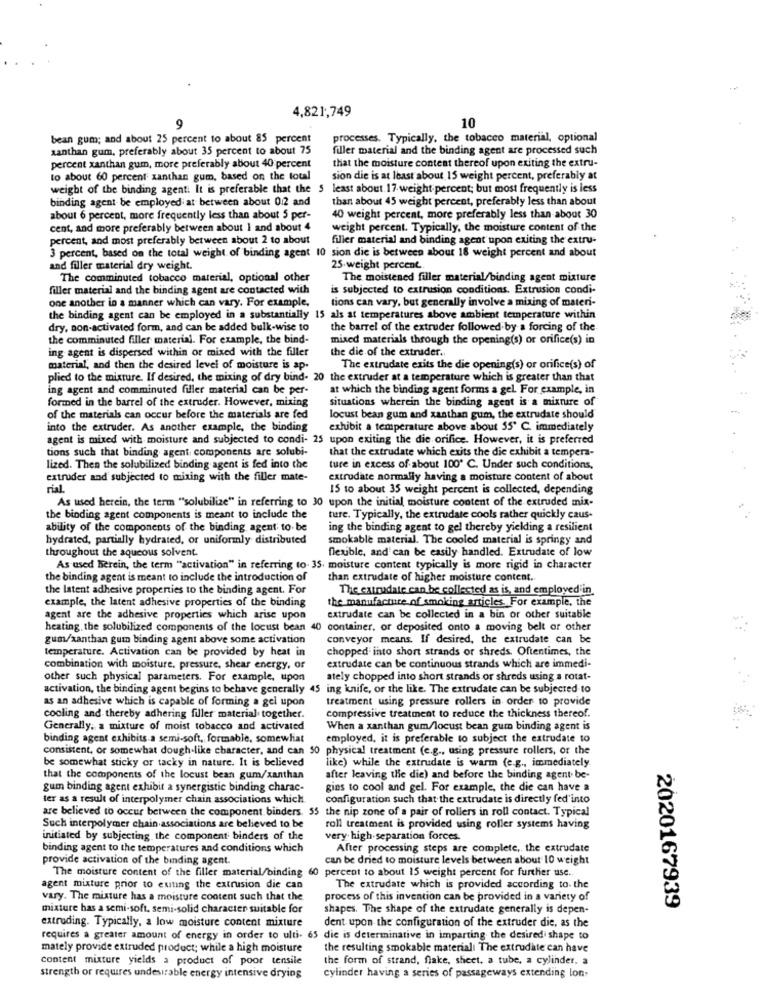
4,821,749
9
10
bean gum; and about 25 percent to about 85 percent
processes. Typically, the tobacco material, optional
xanthan gum, preferably about 35 percent to about 75
filler material and the binding agent are processed such
percent xanthan gum, more preferably about 40 percent
that the moisture content thereof upon exiting the extru-
to about 60 percent xanthan gum, based on the total
sion die is at least about 15 weight percent, preferably at
weight of the binding agent. It is preferable that the 5 least about 17 weight percent; but most frequently is less
binding agent be employed at between about 0.2 and
than about 45 weight percent, preferably less than about
about 6 percent, more frequently less than about 5 per-
40 weight percent, more preferably less than about 30
cent, and more preferably between about 1 and about 4
weight percent. Typically, the moisture content of the
percent, and most preferably between about 2 to about
filler material and binding agent upon exiting the extru-
3 percent, based on the total weight of binding agent 10 sion die is between about 18 weight percent and about
and filler material dry weight.
25 weight percent.
The comminuted tobacco material, optional other
The moistened filler material/binding agent mixture
filler material and the binding agent are contacted with
is subjected to extrusion conditions. Extrusion condi-
tions can vary, but generally involve a mixing of materi-
one another in a manner which can vary. For example,
the binding agent can be employed in a substantially 15 als at temperatures above ambient temperature within
dry, non-activated form, and can be added bulk-wise to
the barrel of the extruder followed by a forcing of the
the comminuted filler material. For example, the bind-
mixed materials through the opening(s) or orifice(s) in
ing agent is dispersed within or mixed with the filler
the die of the extruder.
material, and then the desired level of moisture is ap-
The extrudate exits the die opening(s) or orifice(s) of
plied to the mixture. If desired, the mixing of dry bind- 20 the extruder at a temperature which is greater than that
ing agent and comminuted filler material can be per-
at which the binding agent forms a gel. For example, in
formed in the barrel of the extruder. However, mixing
situations wherein the binding agent is a mixture of
of the materials can occur before the materials are fed
locust bean gum and xanthan gum, the extrudate should
into the extruder. As another example, the binding
exhibit a temperature above about 55º C. immediately
agent is mixed with moisture and subjected to condi- 25 upon exiting the die orifice. However, it is preferred
tions such that binding agent components are solubi-
that the extrudate which exits the die exhibit a tempera-
lized. Then the solubilized binding agent is fed into the
ture in excess of about 100" C. Under such conditions,
extruder and subjected to mining with the filler mate-
extrudate normally having a moisture content of about
rial
15 to about 35 weight percent is collected, depending
As used herein, the term "solubilize" in referring to 30 upon the initial moisture content of the extruded mix-
the binding agent components is meant to include the
ture. Typically, the extrudate cools rather quickly caus-
ability of the components of the binding agent; to. be
ing the binding agent to gel thereby yielding a resilient
hydrated, partially hydrated, or uniformly distributed
smokable material. The cooled material is springy and
throughout the aqueous solvent.
flexible, and can be easily handled. Extrudate of low
As used herein, the term "activation" in referring to- 35. moisture content typically is more rigid in character
the binding agent is meant to include the introduction of
than extrudate of higher moisture content ..
the latent adhesive properties to the binding agent. For
The extrudate can be collected as is, and employed'in
example, the latent adhesive properties of the binding
the manufacture of smoking articles. For example, the
agent are the adhesive properties which arise upon
extrudate can be collected in a bin or other suitable
heating, the solubilized components of the locust bean 40 container, or deposited onto a moving belt or other
gum/xanthan gum binding agent above some activation
conveyor means. If desired, the extrudate can be
temperature. Activation can be provided by heat in
chopped into short strands or shreds. Oftentimes, the
combination with moisture, pressure, shear energy, or
extrudate can be continuous strands which are immedi-
other such physical parameters. For example, upon
ately chopped into short strands or shreds using a rotat-
activation, the binding agent begins to behave generally 45 ing knife, or the like. The extrudate can be subjected to
as an adhesive which is capable of forming a gel upon
treatment using pressure rollers in order to provide
cooling and thereby adhering filler material together.
compressive treatment to reduce the thickness thereof.
Generally, a mixture of moist tobacco and activated
When a xanthan gum/locust bean gum binding agent is
binding agent exhibits a semi-soft, formable, somewhat
employed, it is preferable to subject the extrudate to
consistent, or somewhat dough-like character, and can 50 physical treatment (e.g ., using pressure rollers, or the
be somewhat sticky or tacky in nature. It is believed
like) while the extrudate is warm (e.g ., immediately
that the components of the locust bean gum/xanthan
after leaving the die) and before the binding agent be-
gum binding agent exhibit a synergistic binding charac-
gins to cool and gel. For example, the die can have a
ter as a result of interpolymer chain associations which
configuration such that the extrudate is directly fed'into
are believed to occur between the component binders. 55 the nip zone of a pair of rollers in roll contact. Typical
Such interpolymer chain associations are believed to be
roll treatment is provided using roller systems having
initiated by subjecting the component binders of the
very high.separation forces.
binding agent to the temperatures and conditions which
After processing steps are complete, the extrudate
provide activation of the binding agent.
can be dried to moisture levels between about 10 weight
The moisture content of the filler material/binding 60 percent to about 15 weight percent for further use.
agent mixture prior to euting the extrusion die can
The extrudate which is provided according to. the
vary. The mixture has a moisture content such that the
process of this invention can be provided in a variety of
mixture has a semi-soft, semi-solid character suitable for
shapes. The shape of the extrudate generally is depen-
2020167939
extruding. Typically, a low moisture content mixture
dent upon the configuration of the extruder die, as the
requires a greater amount of energy in order to ulti- 65 die is determinative in imparting the desired shape to
mately provide extruded product; while a high moisture
the resulting smokable materiali The extrudate can have
content mixture yields a product of poor tensile
the form of strand, flake, sheet, a tube, a cylinder. a
cylinder having a series of passageways extending lon-
strength or requires undesirable energy intensive drying